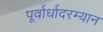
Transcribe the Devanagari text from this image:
पूर्वार्धादरम्यान